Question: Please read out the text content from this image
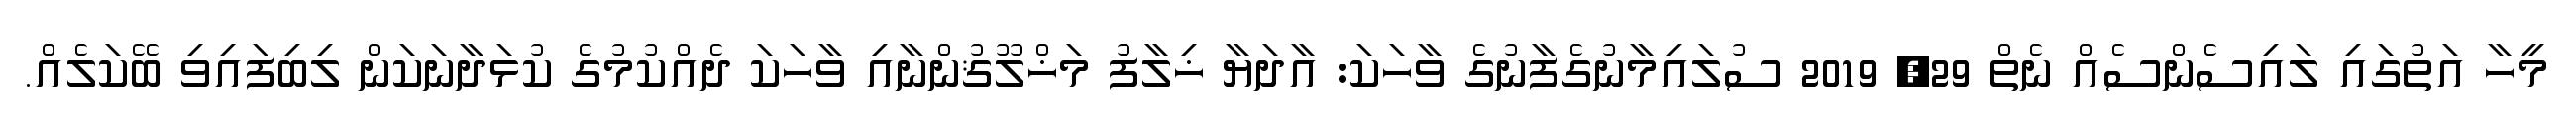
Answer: މީހާ އަތުގައި ލައިސެންސެއް ނެތް 29, 2019 ސުލައިމާނުގެފާނުގެ ވާހަކަ: އާދަޔާ ޚިލާފު މަޚްލޫޤުންނާއި ވާހަކަ ދެއްކުމުގެ ކުޅަދާނަކަން ލިބިފައިވި ބޭކަލެއް.